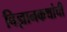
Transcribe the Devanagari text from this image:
विज्ञानकथांची